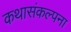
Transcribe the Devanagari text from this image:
कथासंकल्पना